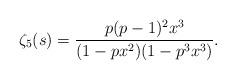
LaTeX: \begin{align*}\zeta_5(s) = \frac{p(p-1)^2x^3}{(1-px^2)(1-p^3x^3)}.\end{align*}